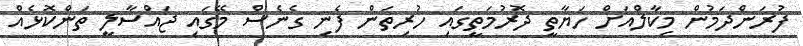
ފުރަންދަމުން މިކާލްއަށް ހަޔާތީ ދޮރުމަތީގައި ހުރިތަން ފެނި ގެނެސް މޭގައި ޖައްސާލީ ތަންކޮޅެއް